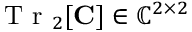
\ensuremath { \mathrm { ~ T ~ r ~ } } _ { 2 } [ \ensuremath { \mathbf { C } } ] \in \mathbb { C } ^ { 2 \times 2 }